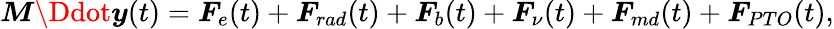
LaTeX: \boldsymbol{M}\Ddot{\boldsymbol{y}}(t)=\boldsymbol{F}_{e}(t)+\boldsymbol{F}_{rad}(t)+\boldsymbol{F}_{b}(t)+\boldsymbol{F}_{\nu}(t)+\boldsymbol{F}_{md}(t)+\boldsymbol{F}_{PTO}(t),